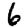
Digit: 6